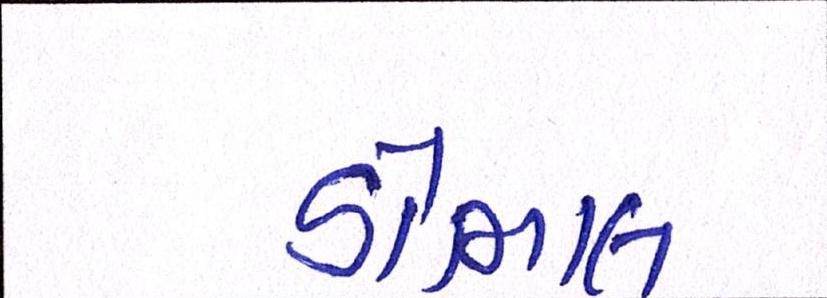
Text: ડોભાલ